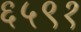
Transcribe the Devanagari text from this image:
६५९१